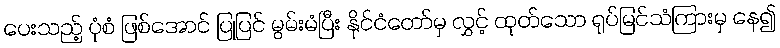
ပေးသည့် ပုံစံ ဖြစ်အောင် ပြုပြင် မွမ်းမံပြီး နိုင်ငံတော်မှ လွှင့် ထုတ်သော ရုပ်မြင်သံကြားမှ နေ၍